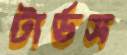
টার্ডস